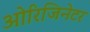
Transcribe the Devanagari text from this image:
ओरिजिनेटर